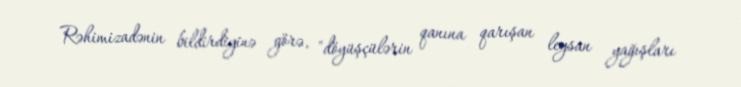
Rəhimizadənin bildirdiyinə görə, "döyüşçülərin qanına qarışan leysan yağışları